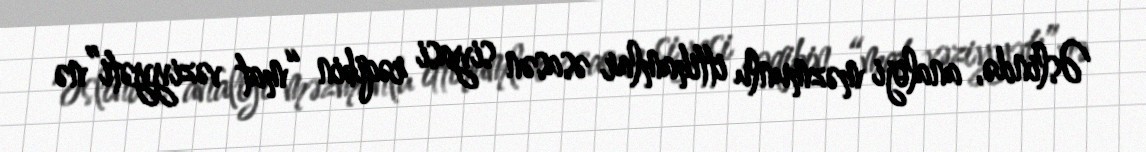
Əslində, analoji məzmunlu ittihamlar əsasən siyasi rəqibin “mat vəziyyəti”nə